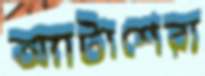
অ্যাটাশেরা